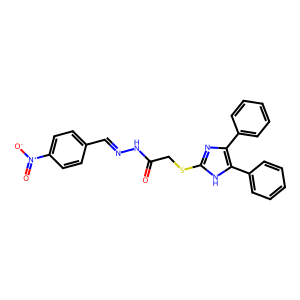
SMILES: O=C(CSc1nc(-c2ccccc2)c(-c2ccccc2)[nH]1)NN=Cc1ccc([N+](=O)[O-])cc1
Inhibits HIV replication: No